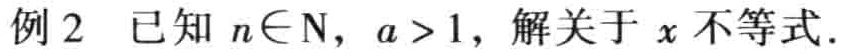
例2 已知 \(n\in\mathrm{N}\)，\(a > 1\)，解关于 \(x\) 不等式.